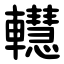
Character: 䡺